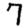
Digit: 7